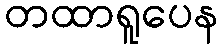
တထာရူပေန